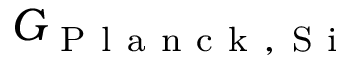
G _ { \mathrm { ~ P ~ l ~ a ~ n ~ c ~ k ~ , ~ S ~ i ~ } }